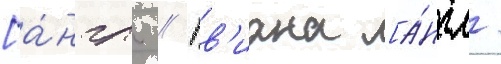
[а́нгл. // Гв'иана [а́нгл.